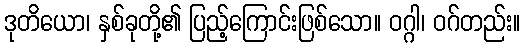
ဒုတိယော၊ နှစ်ခုတို့၏ ပြည့်ကြောင်းဖြစ်သော။ ဝဂ္ဂါ၊ ဝဂ်တည်း။